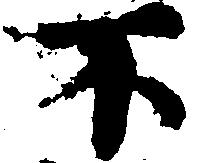
不